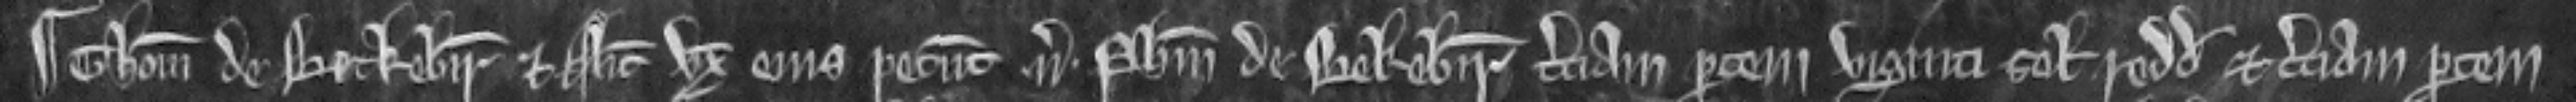
¶ Thomas de Beckebir. et Alicia uxor ejus petunt. versus. Philippum de Bekebir terciam partem viginti solidorum redditus et terciam partem